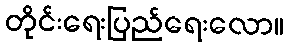
တိုင်းရေးပြည်ရေးလော။